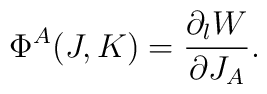
\Phi^A(J,K)={\partial_l W\over \partial J_A}.